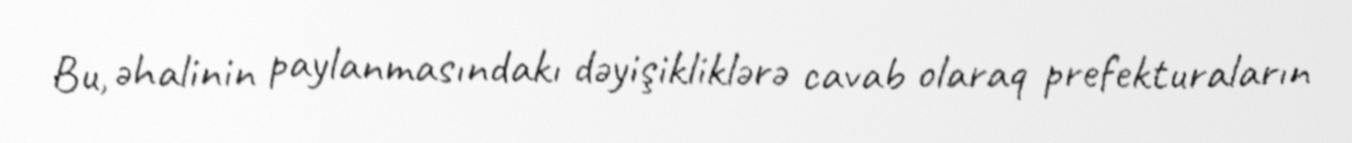
Bu, əhalinin paylanmasındakı dəyişikliklərə cavab olaraq prefekturaların